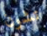
تشون